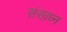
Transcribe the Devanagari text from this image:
संसाध्न